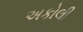
અકોલી